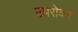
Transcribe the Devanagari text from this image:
उपरोक्य